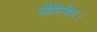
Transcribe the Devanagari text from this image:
जैमिनीय।